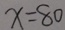
x = 8 0